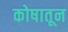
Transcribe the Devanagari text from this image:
कोषातून